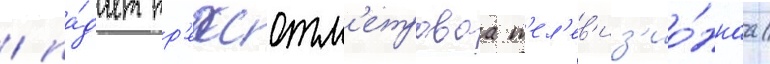
/ па́дает тр'ехсотм'етроваа т'ел'ев'из'ио́ннаа